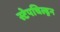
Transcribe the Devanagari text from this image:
स्टेपचिल्ड्रन